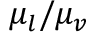
{ \mu _ { l } } / { \mu _ { v } }